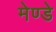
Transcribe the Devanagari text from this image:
मेण्डे